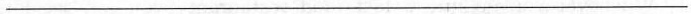
___